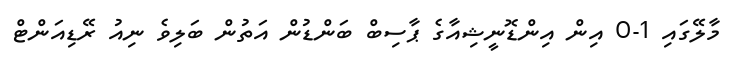
މާލޭގައި 1-0 އިން އިންޑޮނީޝިއާގެ ޕާސިބް ބަންޑުން އަތުން ބަލިވެ ނިއު ރޭޑިއަންޓް